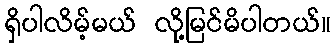
ရှိပါလိမ့်မယ် လို့မြင်မိပါတယ်။